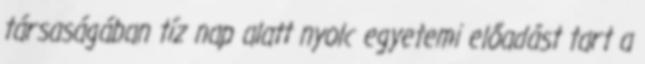
társaságában tíz nap alatt nyolc egyetemi előadást tart a